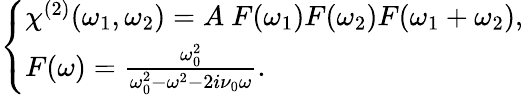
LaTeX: \left\{ \begin{array}{ll}{\chi^{(2)}(\omega_{1},\omega_{2})=A\ F(\omega_{1})F(\omega_{2})F(\omega_{1}+\omega_{2}),}\\ {F(\omega)=\frac{\omega_{0}^{2}}{\omega_{0}^{2}-\omega^{2}-2i\nu_{0}\omega}.}\end{array}\right.